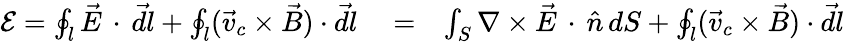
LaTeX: \begin{array}{rlr}{\mathcal E=\oint_{l}^{}{\vec{E}\, \cdot\, \vec{dl}}+\oint_{l}(\vec{v}_{c}\times\vec{B})\cdot\vec{dl}}&{{}=}&{\int_{S}\nabla\times\vec{E}\, \cdot\, \hat{n}\, dS+\oint_{l}(\vec{v}_{c}\times\vec{B})\cdot\vec{dl}}\end{array}